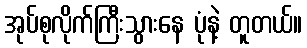
အုပ်စုလိုက်ကြီးသွားနေ ပုံနဲ့ တူတယ်။